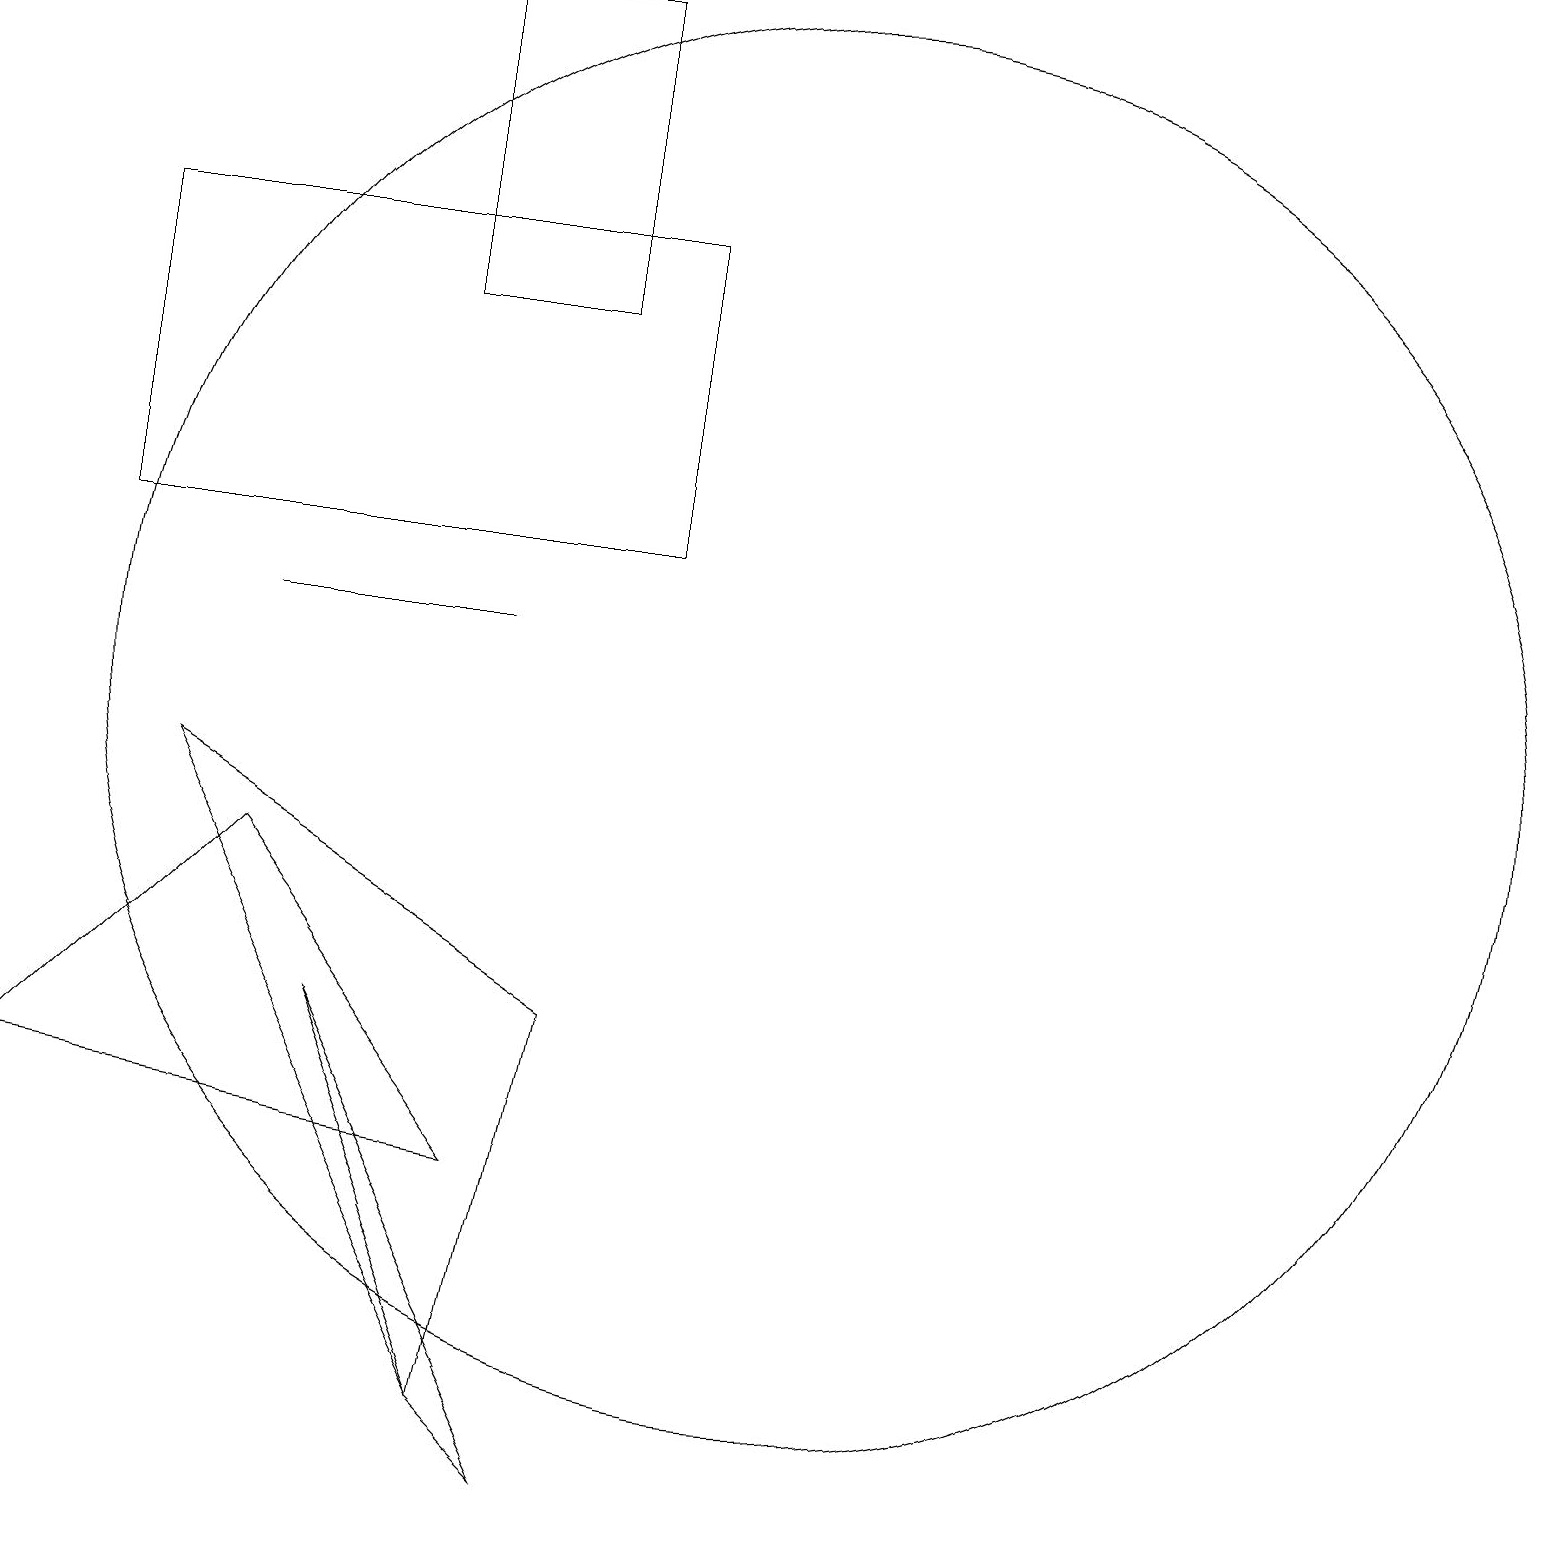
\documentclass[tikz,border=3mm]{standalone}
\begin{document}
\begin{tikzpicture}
\draw (6,4) -- (0,5) -- (3,8) -- cycle;
\draw (5,19) rectangle (7,15);
\draw (6,1) -- (7,0) -- (4,6) -- cycle;
\draw (2,9) -- (6,1) -- (7,6) -- cycle;
\draw (10,10) circle (9);
\draw (6,11) rectangle (3,11);
\draw (1,12) rectangle (8,16);
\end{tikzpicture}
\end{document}